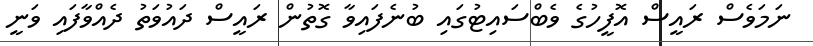
ނަމަވެސް ރައީސް އޮފީހުގެ ވެބްސައިޓުގައި ބުނެފައިވާ ގޮތުން ރައީސް ދައުވަތު ދެއްވާފައި ވަނީ